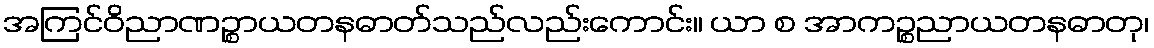
အကြင်ဝိညာဏဉ္စာယတနဓာတ်သည်လည်းကောင်း။ ယာ စ အာကဉ္စညာယတနဓာတု၊